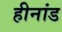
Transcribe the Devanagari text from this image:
हीनांड